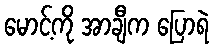
မောင့်ကို အာချီက ပြောရဲ